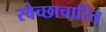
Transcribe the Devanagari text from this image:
स्वेच्छाचारित